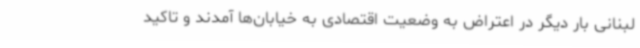
لبنانی بار دیگر در اعتراض به وضعیت اقتصادی به خیابان‌ها آمدند و تاکید